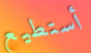
أستطيع